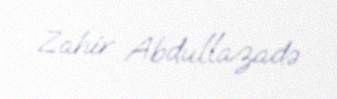
Zahir Abdullazadə